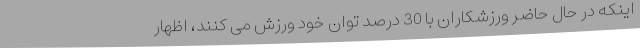
اینکه در حال حاضر ورزشکاران با 30 درصد توان خود ورزش می کنند، اظهار